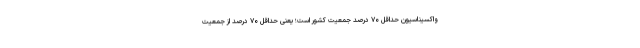
واکسیناسیون حداقل ۷۰ درصد جمعیت کشور است؛ یعنی حداقل ۷۰ درصد از جمعیت